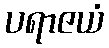
ပရာဇယံ